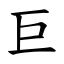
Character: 巨